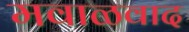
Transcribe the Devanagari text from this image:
मवाळवाद